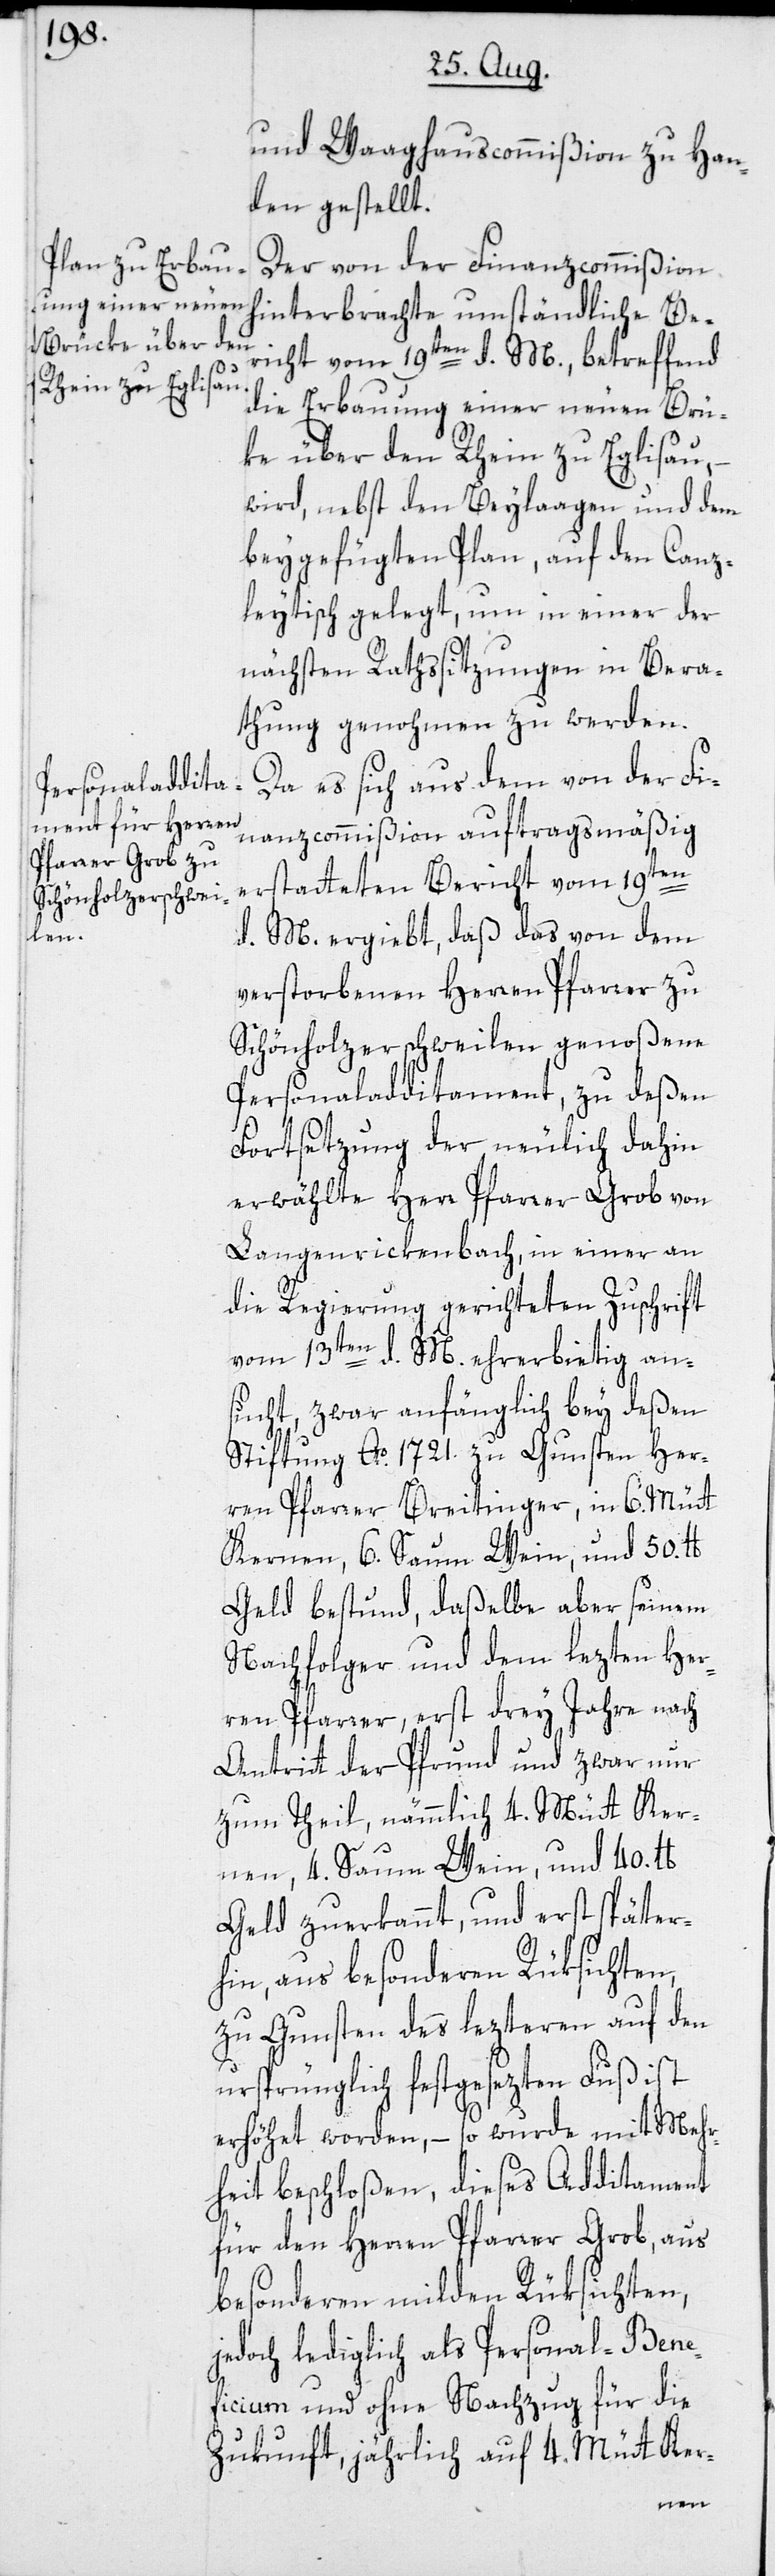
und Waaghauscommißion zu Han¬
den gestellt.
Der von der Finanzcommißion
hinterbrachte umständliche Be¬
richt vom 19ten d. M.,betreffend
die Erbauung einer neuen Brü¬
ke über den Rhein zu Eglisau,
wird, nebst den Beylaagen und dem
beygefügten Plan, auf den Canz¬
leytisch gelegt, um in einer der
nächsten Rathssitzungen in Bera¬
thung genohmen zu werden.
Da es sich aus dem von der Fi¬
nanzcommißion auftragsmäßig
erstatteten Bericht vom 19ten
d. M. ergiebt, daß das von dem
verstorbenen Herren Pfarrer zu
Schönholzerschweilen genoßene
Personaladditament, zu deßen
Fortsetzung der neulich dahin
erwählte Herr Pfarrer Grob von
Langenrickenbach, in einer an
die Regierung gerichteten Zuschrift
vom 13ten d. M. ehrerbietig an¬
sucht, zwar anfänglich bey deßen
Stiftung Ao 1721. zu Gunsten Her¬
ren Pfarrer Breitinger, in 6. Mütt
Kernen, 6. Saum Wein, und 50. lb
Geld bestund, daßelbe aber seinem
Nachfolger und dem lezten Her¬
ren Pfarrer, erst drey Jahre nach
Antritt der Pfrund und zwar nur
zum Theil, nämmlich 4. Mütt Ker¬
nen, 4. Saum Wein, und 40 lb.
Geld zuerkannt, und erst später¬
hin, aus besonderen Rüksichten,
zu Gunsten des lezteren auf den
ursprünglich festgesezten Fuß ist
erhöhet worden, – so wurde mit Mehr¬
heit beschloßen, dieses Additament
für den Herren Pfarrer Grob, aus
besonderen milden Rüksichten,
jedoch lediglich als Personal-Ben¬
ficium und ohne Nachzug für die
Zukunft, jährlich auf 4. Mütt Ker-